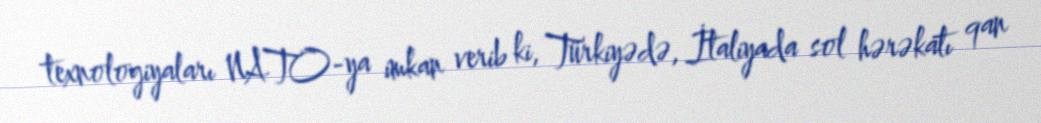
texnologiyaları NATO-ya imkan verib ki, Türkiyədə, İtaliyada sol hərəkatı qan